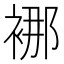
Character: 𮖍